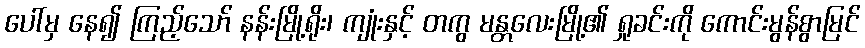
ပေါ်မှ နေ၍ ကြည့်သော် နန်းမြို့ရိုး၊ ကျုံးနှင့် တကွ မန္တလေးမြို့၏ ရှုခင်းကို ကောင်းမွန်စွာမြင်